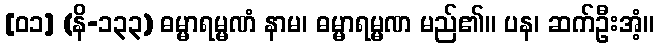
[၀၁] (နိ-၁၃၃) ဓမ္မာရမ္မဏံ နာမ၊ ဓမ္မာရမ္မဏ မည်၏။ ပန၊ ဆက်ဦးအံ့။